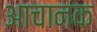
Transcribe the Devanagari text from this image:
आचानक